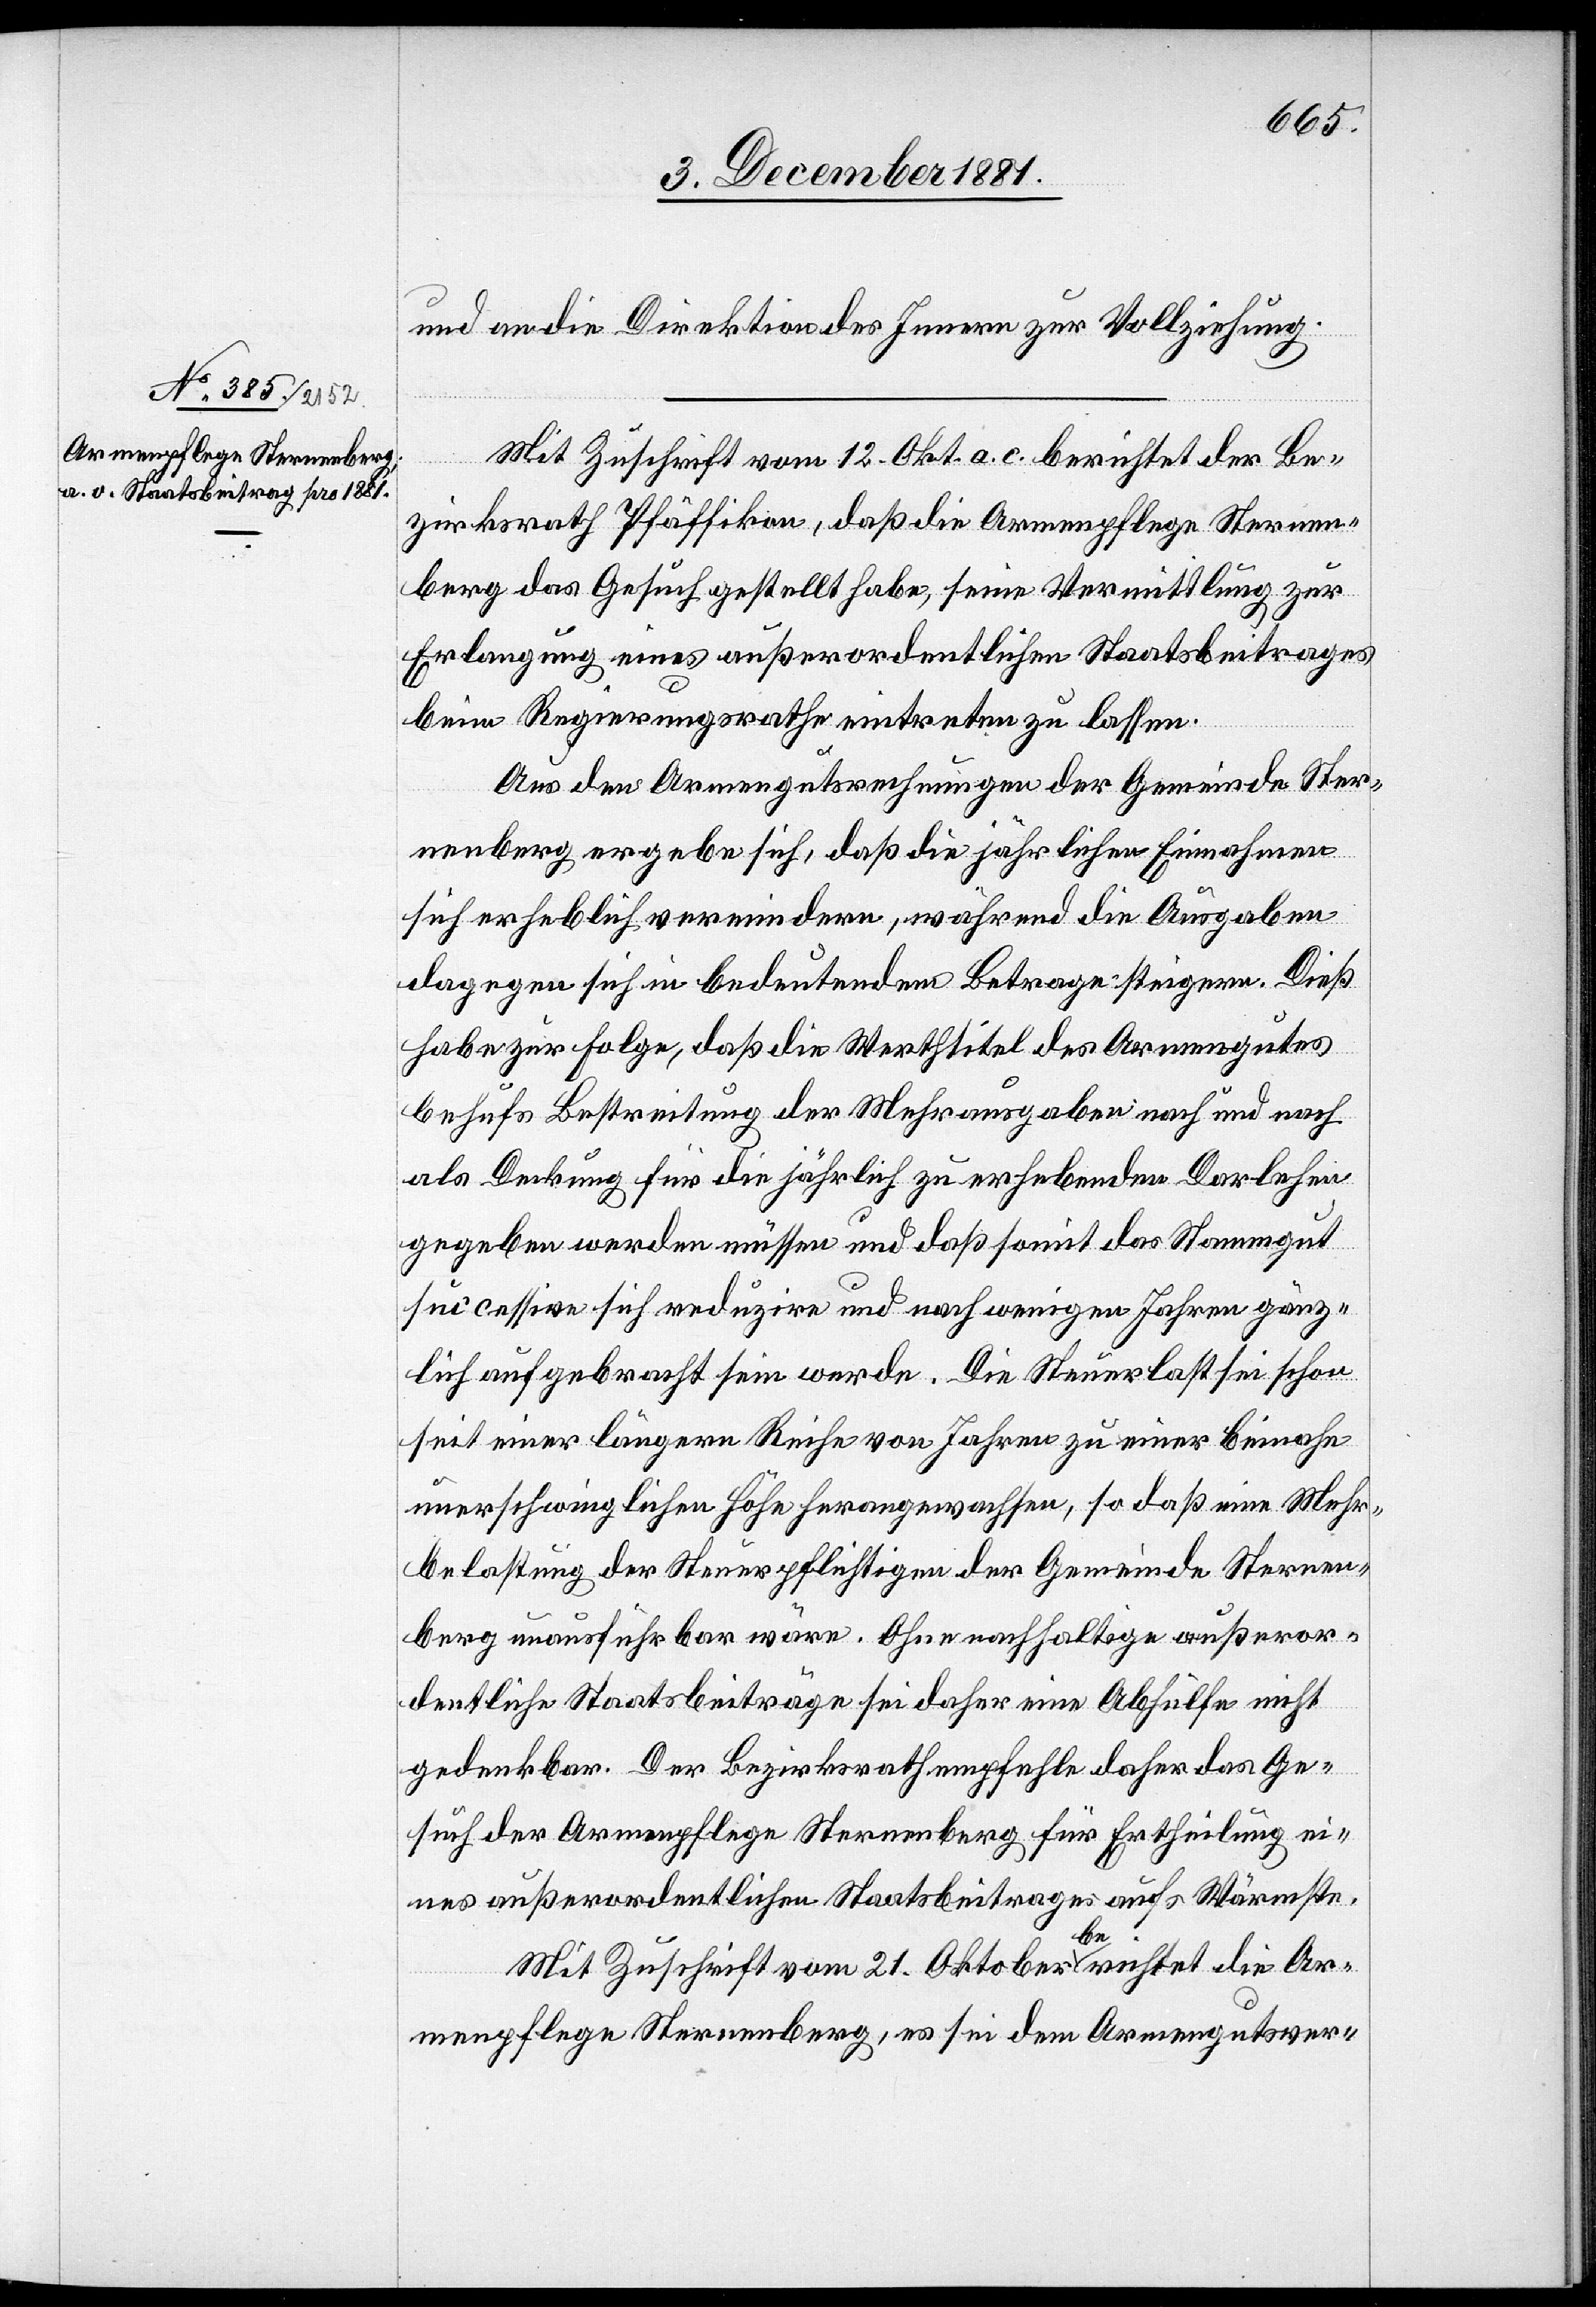
und an die Direktion des Innern zur Vollziehung.
Mit Zuschrift vom 12. Okt. a. c. berichtet der Be¬
zirksrath Pfäffikon, daß die Armenpflege Sternen¬
berg das Gesuch gestellt habe, seine Vermittlung zur
Erlangung eines außerordentlichen Staatsbeitrages
beim Regierungsrathe eintreten zu lassen.
Aus den Armengutsrechnungen der Gemeinde Ster¬
nenberg ergebe sich, daß die jährlichen Einnahmen
sich erheblich vermindern, während die Ausgaben
dagegen sich in bedeutendem Betrage steigern. Dieß
habe zur Folge, daß die Werthtitel des Armengutes
behufs Bestreitung der Mehrausgaben nach und nach
als Deckung für die jährlich zu erhebenden Darlehen
gegeben werden müssen und daß somit das Stammgut
successive sich reduzire und nach wenigen Jahren gänz¬
lich aufgebra[u]cht sein werde. Die Steuerlast sei schon
seit einer längern Reihe von Jahren zu einer beinahe
unerschwinglichen Höhe herangewachsen, so daß eine Mehr¬
belastung der Steuerpflichtigen der Gemeinde Sternen¬
berg unausführbar wäre. Ohne nachhaltige außeror¬
dentliche Staatsbeiträge sei daher eine Abhülfe nicht
gedenkbar. Der Bezirksrath empfehle daher das Ge¬
such der Armenpflege Sternenberg für Ertheilung ei¬
nes außerordentlichen Staatsbeitrages aufs Wärmste.
Mit Zuschrift vom 21. Oktober berichtet die Ar¬
menpflege Sternenberg, es sei dem Armengutsver-